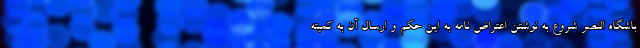
باشگاه النصر شروع به نوشتن اعتراض نامه به این حکم و ارسال آن به کمیته